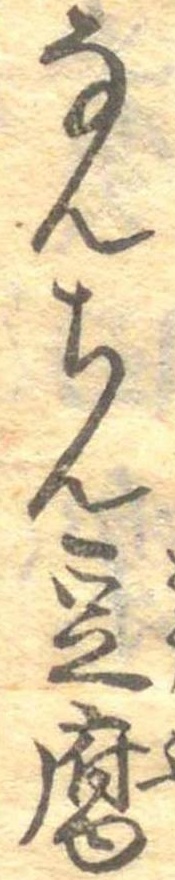
なんちん豆腐